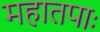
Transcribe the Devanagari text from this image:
महातपाः